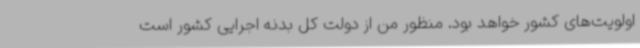
اولویت‌های کشور خواهد بود. منظور من از دولت کل بدنه اجرایی کشور است